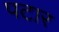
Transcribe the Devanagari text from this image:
पटार